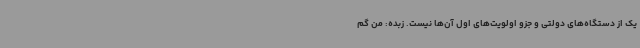
یک از دستگاه‌های دولتی و جزو اولویت‌های اول آن‌ها نیست. زبده: من گم